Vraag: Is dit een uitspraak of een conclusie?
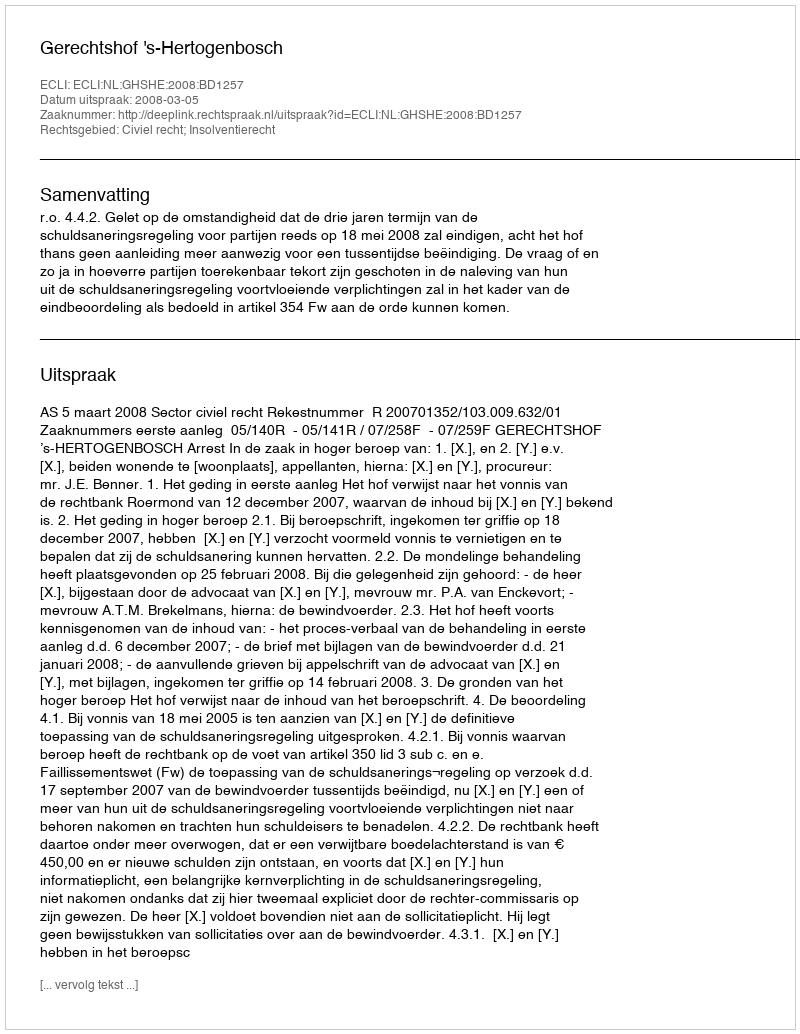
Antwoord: Uitspraak